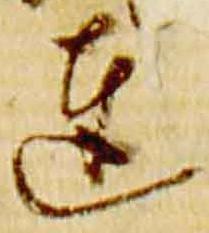
達